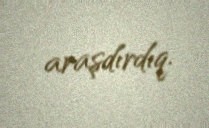
araşdırdıq.